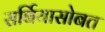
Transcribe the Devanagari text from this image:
सर्बियासोबत